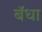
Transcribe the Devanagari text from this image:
बॅधा